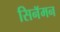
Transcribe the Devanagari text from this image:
सिनॅमन